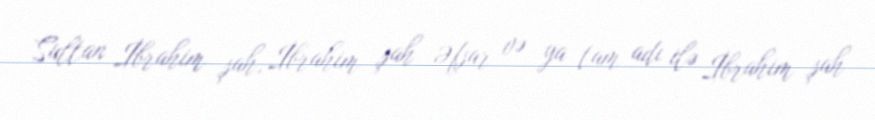
Sultan İbrahim şah, İbrahim şah Əfşar və ya tam adı ilə İbrahim şah